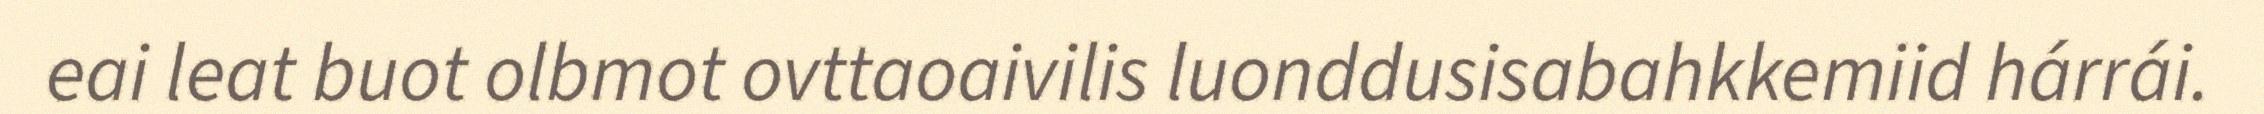
eai leat buot olbmot ovttaoaivilis luonddusisabahkkemiid hárrái.